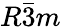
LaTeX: R\bar{3}m